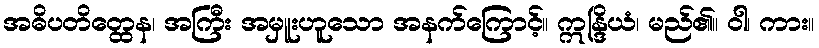
အဓိပတိတ္ထေန၊ အကြီး အမှူးဟူသော အနက်ကြောင့်။ ဣန္ဒြိယံ၊ မည်၏။ ဝါ၊ ကား။